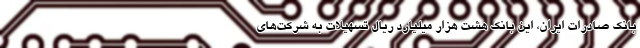
بانک صادرات ایران، این بانک هشت هزار میلیارد ریال تسهیلات به شرکت‌های